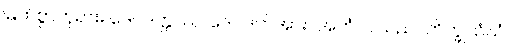
မြတ်စွာဘုရား။ ဒေဝဒတ္တဿ၊ ဒေဝဒတ်အား။ အဟံ၊ ငါသည်။ ဘိက္ခုသံဃံ၊